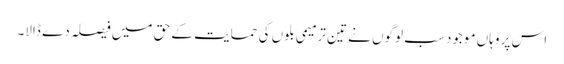
اس پر وہاں موجود سب لوگوں نے تین ترمیمی بلوں کی حمایت کے حق میں فیصلہ دے ڈالا۔